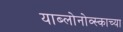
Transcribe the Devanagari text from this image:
याब्लोनोव्स्काच्या